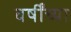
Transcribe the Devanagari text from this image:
वर्षींच्या